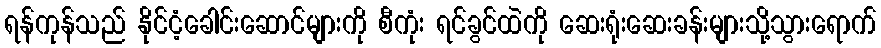
ရန်ကုန်သည် နိုင်ငံ့ခေါင်းဆောင်များကို စီကုံး ရင်ခွင်ထဲကို ဆေးရုံးဆေးခန်းများသို့သွားရောက်